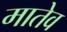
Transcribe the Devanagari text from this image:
मातेव